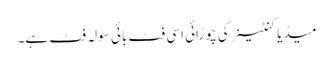
میڈیا کنٹینر کی چوڑائی اسی فٹ بائی سولہ فٹ ہے۔